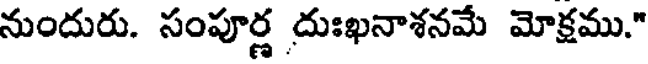
నుందురు. సంపూర్ణ దుఃఖనాశనమే మోక్షము."